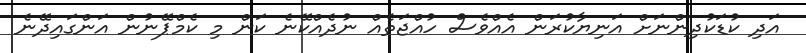
އަދި ކުޑަކުދިންނަށް އަނިޔާކުރަން އެއްވެސް ހުއްޖަތެއް ނުދެއްކޭނެ ކަން މި ކެމްޕޭނުން އަންގައިދޭނެ